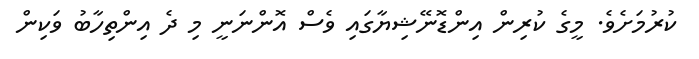
ކުރުމަށެވެ. މީގެ ކުރިން އިންޑޮނޭޝިޔާގައި ވެސް އޮންނަނީ މި ދެ އިންތިހާބު ވަކިން